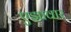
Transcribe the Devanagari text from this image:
एझावार